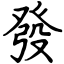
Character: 發